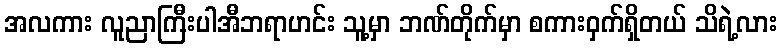
အလကား လူညာကြီးပါအီဘရာဟင်း သူ့မှာ ဘဏ်တိုက်မှာ စကားဝှက်ရှိတယ် သိရဲ့လား